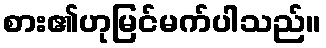
စား၏ဟုမြင်မက်ပါသည်။